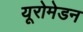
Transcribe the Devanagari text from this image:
यूरोमेडन